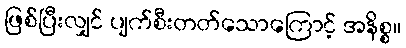
ဖြစ်ပြီးလျှင် ပျက်စီးတတ်သောကြောင့် အနိစ္စ။